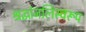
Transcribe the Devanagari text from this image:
श्रद्धांजलिस्वरूप